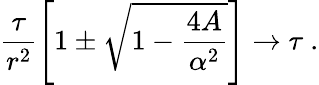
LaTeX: \frac{\tau}{r^{2}}\left[1\pm\sqrt{1-\frac{4A}{\alpha^{2}}}\right]\rightarrow\tau\ .